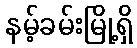
နမ့်ခမ်းမြို့ရှိ